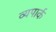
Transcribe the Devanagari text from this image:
व्यपार्क